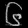
Digit: ၆